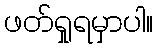
ဖတ်ရှုရမှာပါ။